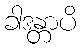
ခါဒန္တာပိ